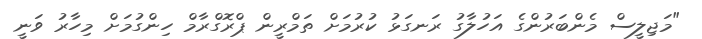
"މަޖިލީސް މެންބަރުންގެ އަހުލާގު ރަނގަޅު ކުރުމަށް ތަމްރީން ޕްރޮގްރާމް ހިންގުމަށް މިހާރު ވަނީ